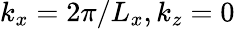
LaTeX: k_{x}=2\pi/L_{x},k_{z}=0